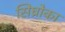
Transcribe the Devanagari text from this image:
सिघ्रोका